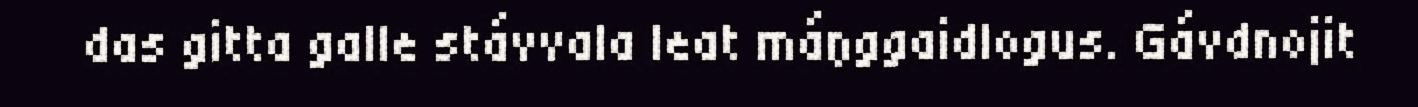
das gitta galle stávvala leat máŋggaidlogus. Gávdnojit